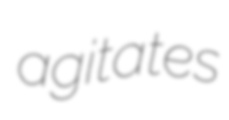
agitates